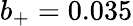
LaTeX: b_{+}=0.035